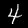
Digit: 4